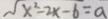
\sqrt { x ^ { 2 } - 2 x - 6 } = a